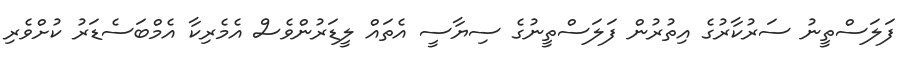
ފަލަސްތީނު ސަރުކާރުގެ އިތުރުން ފަލަސްތީނުގެ ސިޔާސީ އެތައް ލީޑަރުންވެސް އެމެރިކާ އެމްބަސެޑަރު ކުށްވެރި